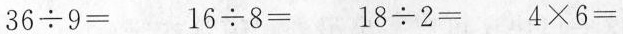
$$3 6 {\div} 9 =$$ $$1 6 {\div} 8 =$$ $$1 8 {\div} 2 =$$